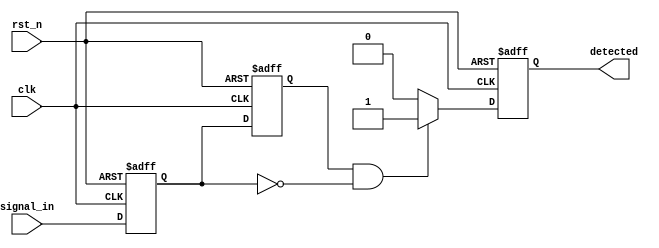
module dual_ff_detector (
    input wire clk,          // Clock signal
    input wire rst_n,       // Active low reset signal
    input wire signal_in,    // Input signal to be monitored
    output reg detected      // Output signal indicating detection
);

// Internal signals
reg ff1, ff2;              // Outputs of the two flip-flops
reg [1:0] state;           // State register for pattern detection

// Flip-Flop 1: Capture input signal on rising edge of clock
always @(posedge clk or negedge rst_n) begin
    if (!rst_n) begin
        ff1 <= 1'b0;       // Reset FF1
    end else begin
        ff1 <= signal_in;  // Capture input signal
    end
end

// Flip-Flop 2: Capture output of FF1 on next rising edge
always @(posedge clk or negedge rst_n) begin
    if (!rst_n) begin
        ff2 <= 1'b0;       // Reset FF2
    end else begin
        ff2 <= ff1;        // Capture output of FF1
    end
end

// State detection logic
always @(posedge clk or negedge rst_n) begin
    if (!rst_n) begin
        detected <= 1'b0;  // Reset detected signal
        state <= 2'b00;    // Reset state
    end else begin
        // Example pattern detection logic: Detect rising edge
        if (ff2 && !ff1) begin
            detected <= 1'b1; // Rising edge detected
            state <= 2'b01;   // Update state
        end else if (!ff2 && ff1) begin
            detected <= 1'b0; // Falling edge detected
            state <= 2'b10;   // Update state
        end else begin
            detected <= 1'b0; // No edge detected
            state <= 2'b00;   // Reset state
        end
    end
end

endmodule